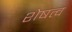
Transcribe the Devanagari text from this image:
शेषत्व